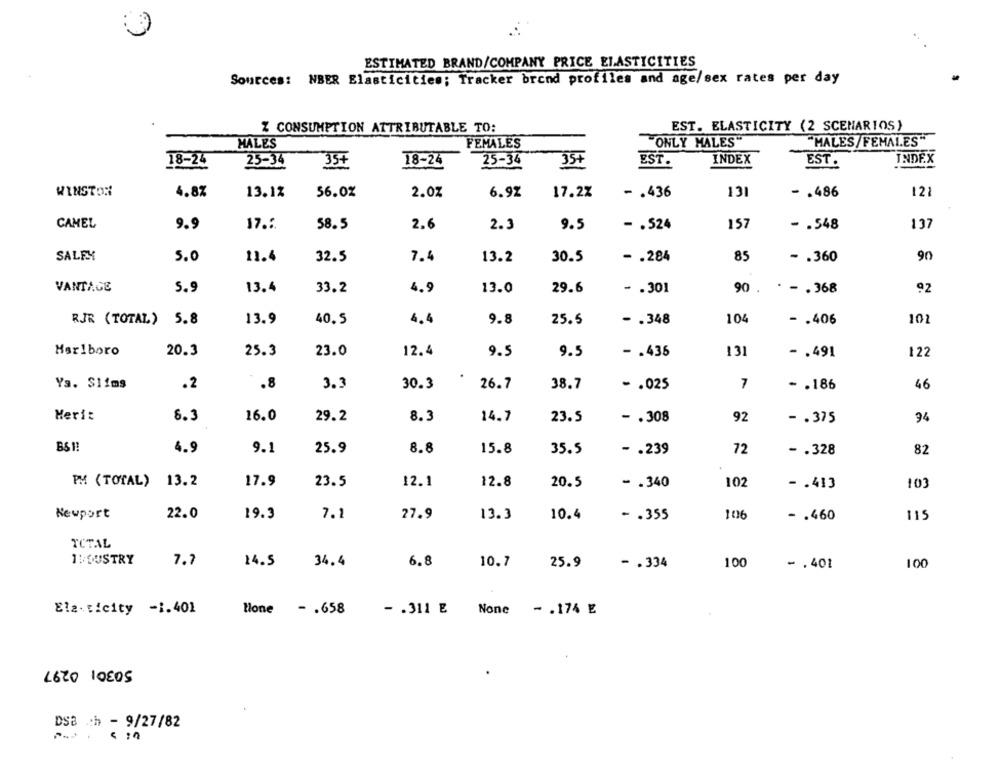
ESTIMATED BRAND/COMPANY PRICE ELASTICITIES
Sources: NBER Elasticities; Tracker brend profiles and age/sex rates per day
Z CONSUMPTION ATTRIBUTABLE TO:
EST. ELASTICITY (2 SCENARIOS)
MALES
FEMALES
"ONLY MALES"
"MALES/FEMALES"
18-24
25-34
35+
18-24
25-34
35+
EST.
INDEX
INDEX
EST.
WINSTON
4.8%
13.1%
56.0%
2.0%
6.92
17.2%
-. 436
13
-. 486
12
CAMEL
15
137
9.9
17 .:.
58.5
2.6
2.3
9.5
- . 524
- . 548
90
SALEY
5.0
11.4
32.5
7.4
13.2
30.5
- . 284
85
- . 360
VANTAGE
5.9
13.4
33.2
4.9
13.0
29.6
- . 301
90 .
. -. 368
92
RJR (TOTAL) 5.8
13.9
40.5
4.4
9.8
25.5
-. 348
104
- . 406
101
Marlboro
20.3
25.3
23.0
12.4
9.5
9.5
-. 436
131
-. 491
122
Ya. Slims
.2
.8
3.3
30.3
26.7
38.7
-. 025
7
-. 186
46
Merit
8.3
16.0
29.2
8.3
14.7
23.5
92
-. 308
- . 375
94
BS !!
4.9
9.1
25.9
8.8
15.8
35.5
- . 239
72
- . 328
82
PM (TOTAL) 13.2
17.9
23.5
12.1
12.8
20.5
- . 340
102
-. 413
10
Newport
22.0
19.3
7.1
27.9
13.3
10.4
- . 355
106
- . 460
TCTAL
1MEUSTRY
7.7
14.5
34.4
6.8
10.7
25.9
-. 334
100
100
- . 401
Ela. ticity -1.401
Hone - . 658
- . 311 E None - . 174 E
LE20 10EOS
DSB ch - 9/27/82